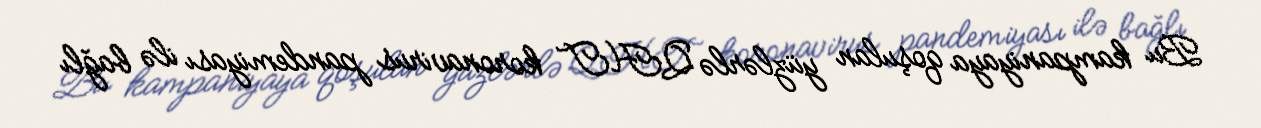
Bu kampaniyaya qoşulan yüzlərlə QHT koronavirus pandemiyası ilə bağlı